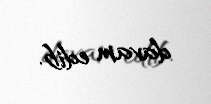
davam edib.